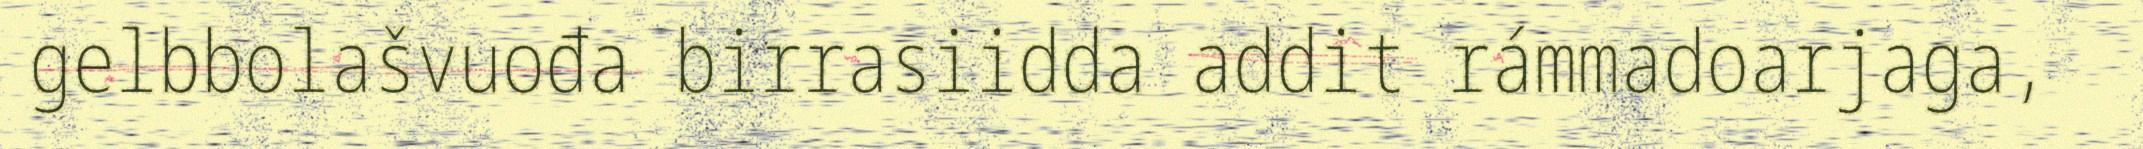
gelbbolašvuođa birrasiidda addit rámmadoarjaga,